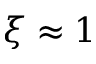
\xi \approx 1